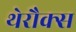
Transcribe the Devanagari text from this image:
थेरौक्स